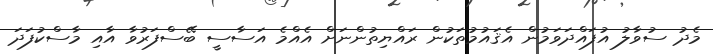
މެދު ސުވާލު އުފައްދަވަމުން އެޤައުމުތަކުން ރައްޔިތުންނަށް އެއްމެ އަސާސީ ބޭސްފަރުވާ އާއި މާސްކުފަދަ